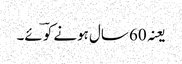
یعنہ 60 سال ہونے کو ؔئے۔